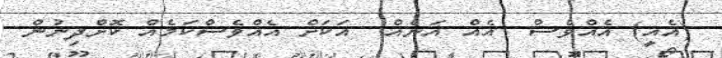
(އެއީ) އެއްވެސް  އެއް އަނެއް  އަކަށް އެއްވެސްކަމެއް ކޮށްދިނުން